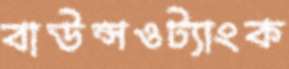
বাউন্সওট্যাংক